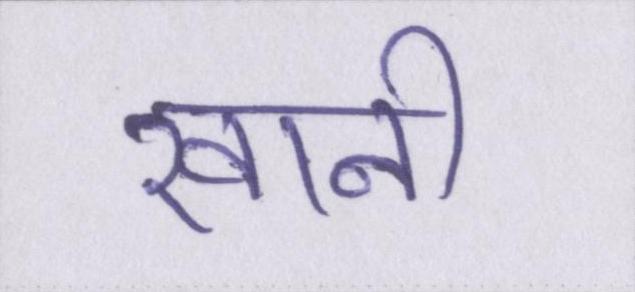
खानी